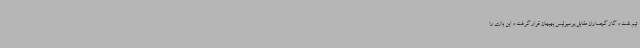
تیم نفت و گاز گچساران مقابل پرسپولیس بهبهان قرار گرفت و این بازی را